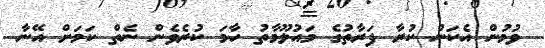
ވުމުން އެކަން ކުރާ ފަރާތުގެ މައުލޫމާތު ހާމަ ކުރެވެން ނެތް ކަމަށް އޭނާ